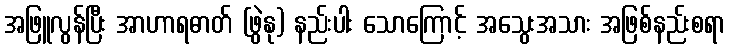
အဖြူလွန်ပြီး အာဟာရဓာတ် (ဖွဲနု) နည်းပါး သောကြောင့် အသွေးအသား အဖြစ်နည်းစရာ